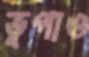
ভুগাও